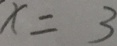
x = 3